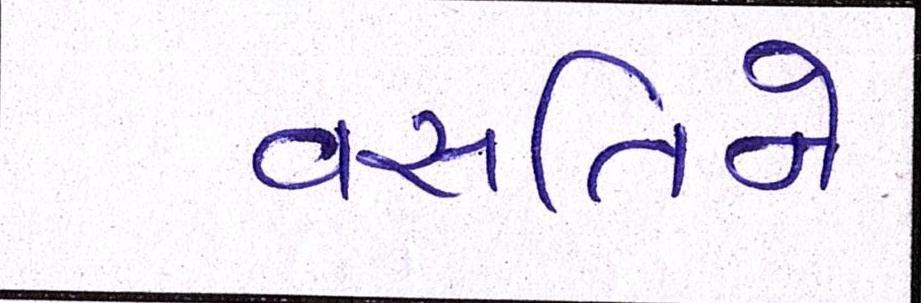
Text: વસતિને